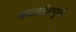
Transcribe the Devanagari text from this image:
भारततैलपूर्णः